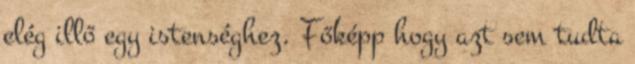
elég illő egy istenséghez. Főképp hogy azt sem tudta